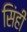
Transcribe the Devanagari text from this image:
सिंही